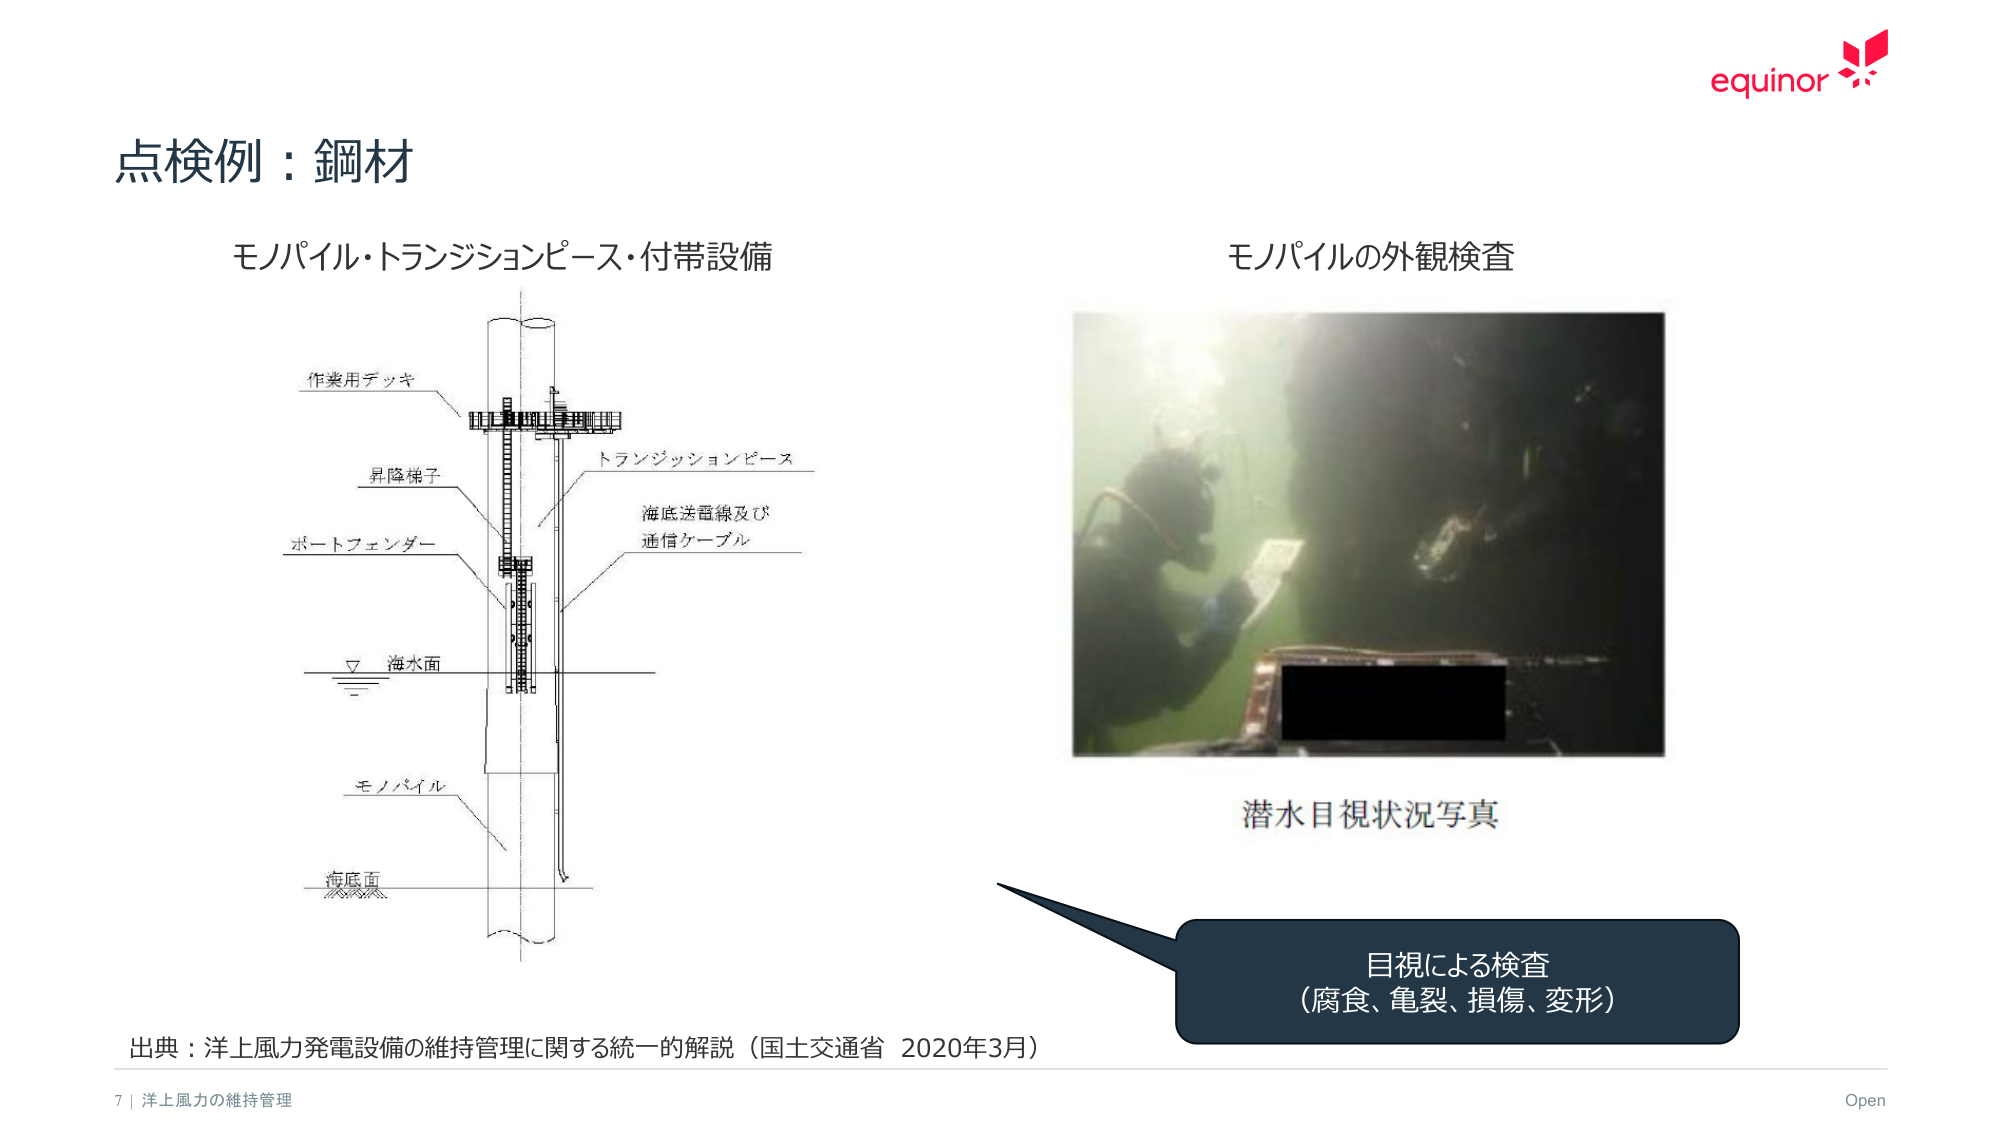
点検例：鋼材

モノパイル・トランジションピース・付帯設備

作業用デッキ
昇降梯子
ポートフェンダー
海水面
モノパイル
海底面
トランジションピース
海底送電線及び
通信ケーブル

モノパイルの外観検査

潜水目視状況写真

目視による検査
（腐食、亀裂、損傷、変形）

出典：洋上風力発電設備の維持管理に関する統一的解説（国土交通省 2020年3月）

7 | 洋上風力の維持管理
Open
equinor